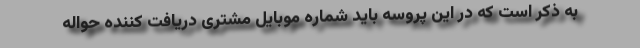
به ذکر است که در این پروسه باید شماره موبایل مشتری دریافت کننده حواله